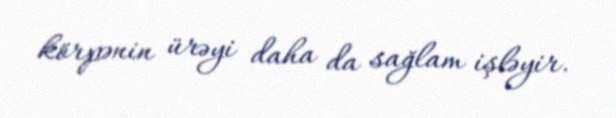
körpənin ürəyi daha da sağlam işləyir.